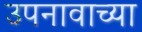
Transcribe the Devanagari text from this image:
उपनावाच्या